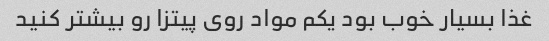
غذا بسیار خوب بود یکم مواد روی پیتزا رو بیشتر کنید